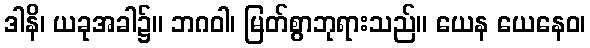
ဒါနိ၊ ယခုအခါ၌။ ဘဂဝါ၊ မြတ်စွာဘုရားသည်။ ယေန ယေနေဝ၊